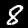
Label: 8